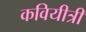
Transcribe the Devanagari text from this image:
कवियीत्री